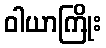
ဝါယာကြိုး